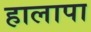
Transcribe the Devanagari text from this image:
हालापा